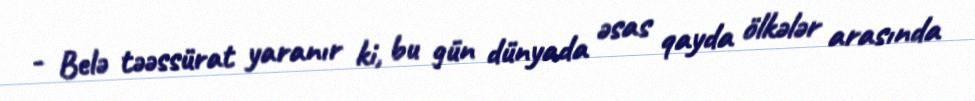
- Belə təəssürat yaranır ki, bu gün dünyada əsas qayda ölkələr arasında